Annual statistical returns and brief notes on vaccination in Bengal - 1896-1909
Year: 1896
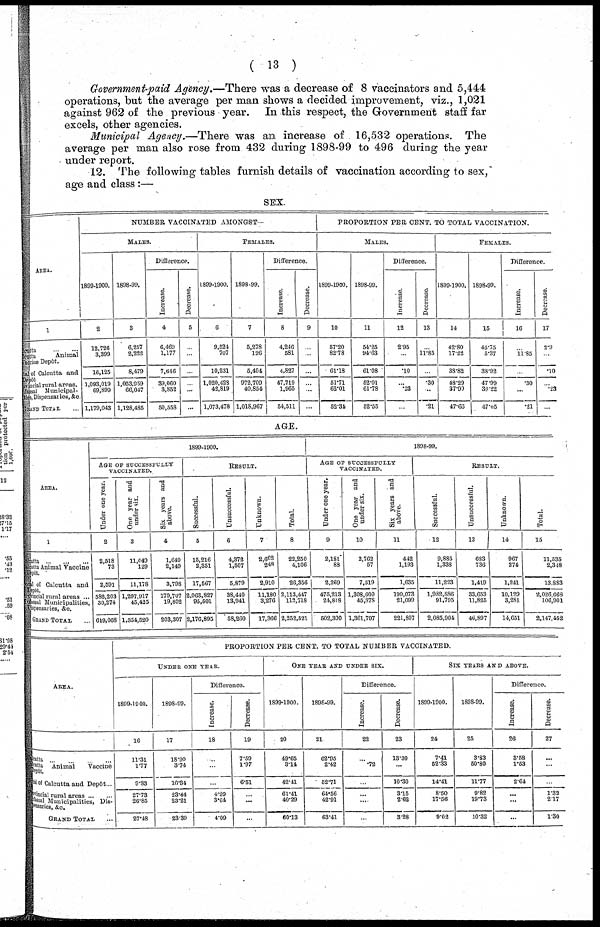
( 13 )
Government-paid Agency.—There was a decrease of 8 vaccinators and 5,444
operations, but the average per man shows a decided improvement, viz., 1,021
against 962 of the previous year. In this respect, the Government staff far
excels, other agencies.
Municipal Agency.—There was an increase of 16,532 operations. The
average per man also rose from 432 during 1898-99 to 496 during the year
under report.
12. The following tables furnish details of vaccination according to sex,
age and class :—
SEX.
AREA.
1
Calcutta ... ...
Calcutta
Animal
Vaccine Depôt.
Total of Calcutta and
Depôt
Provincial rural area.
Mufassal Municipal¬
ties, Dispensaries, &c.
GRAND TOTAL ...
NUMBER VACCINATED AMONGST—
MALES.
1899-1900.
2
12,726
3,399
16,125
1,093,019
69,899
1,179,043
1898-99.
3
6,257
2,222
8,479
1,053,959
66,047
1,128,485
Difference.
Increase.
4
6,469
1,177
7,646
39,060
3,852
50,558
Decrease.
5
...
...
...
...
...
...
FEMALES.
1899-1900.
6
9,524
707
10,231
1,020,428
42,819
1,073,478
1898-99.
7
5,278
126
5,404
972,709
40,854
1,018,967
Difference.
Increase.
8
4,246
581
4,827
47,719
1,965
54,511
Decrease.
9
...
...
...
...
...
...
PROPORTION PER CENT. TO TOTAL VACCINATION.
MALES.
1899-1900.
10
57.20
82.78
61.18
51.71
62.01
52.34
1898-90.
11
54.25
94.63
61.08
52.01
61.78
52.55
Difference.
Increase.
12
2.95
...
.10
...
.23
...
Decrease.
13
...
11.85
...
.30
...
.21
FEMALES.
1899-1900.
14
42.80
17.22
33.82
48.29
37.99
47.66
1898-99.
15
45.75
5.37
38.92
47.09
38.22
47.45
Difference.
Increase.
16
...
11.85
...
.30
...
.21
Decrease.
17
2.9
...
.10
...
.23
...
AGE.
AREA.
1
Calcutta
...
...
...
Calcutta Animal Vaccine
Depôt.
Total of Calcutta and
Depôt.
Provincial rural area.
Mufassal Municipalities,
Dispensaries, &c.
GRAND TOTAL ...
1899-1900.
AGE OF SUCCESSFULLY
VACCINATED.
Under one year.
2
2,518
73
2,591
586,203
30,274
619,068
One year and
under six.
3
11,049
129
11,178
1,297,917
45,425
1,354,520
Six years and
above.
4
1,649
2,149
3,798
179,707
19,802
203,307
RESULT.
Successful.
5
15,216
2,351
17,567
2,063,827
95,501
2,176,895
Unsuccessful.
6
4,372
1,507
5,879
38,440 13,941 58,260
Unknown.
7
2,662
248
2,910
11,180
3,276
17,366
Total.
8
22,250
4,106
26,356
2,113,447
112,718
2,252,521
1898-99.
AGE OF SUCCESSFULLY
VACCINATED.
Under one year.
9
2,181
88
2,269
475,213
24,818
502,300
One year and
under six.
10
2,762
57
7,319
1,308,600
45,878
1,361,797
Six years and
above.
11
442
1,193
1,635
199,073
21,099
221,807
RESULT.
Successful.
12
9,885
1,338
11,223
1,982,886
91,705
2,085,904
Unsuccessful.
13
683
736
1,419
33,653
11,825
46,897
Unknown.
14
967
274
1,241
10,129
3,281
14,651
Total.
15
11,535
2,348
13,883
2,026,668
106,901
2,147,452
AREA.
Calcutta ... ... ... ...
Calcutta Animal Vaccine
Depôt.
Total Calcutta and Depôt...
Provincial rural area.
Mufassal Municipalities, Dis¬
pensaries, &c.
GRAND TOTAL ...
PROPORTION PER CENT. TO TOTAL NUMBER VACCINATED.
UNDER ONE YEAR.
1899-1900.
16
11.31
1.77
9.83
27.73
26.85
27.48
1898-99.
17
18.90
3.74
16.34
23.44
23.21
23.39
Difference.
Increase.
18
...
...
...
4.29
3.64
4.09
Decrease.
19
7.59
11.97
6.51
...
...
...
ONE YEAR AND UNDER SIX.
1899-1900.
20
49.65
3.14
42.41
61.41
40.29
60.13
1898-99.
21
62.95
2.42
52.71
64.56
42.91
63.41
Difference.
Increase.
22
...
.72
...
...
...
...
Decrease.
23
13.30
...
10.30
3.15
2.62
3.28
SIX YEARS AND ABOVE.
1899-1900.
24
7.41
52.33
14.41
8.50
17.56
9.02
1898-99.
25
3.83
50.80
11.77
9.82
19.73
10.32
Difference.
Increase.
26
3.58
1.53
2.64
...
...
...
Decrease.
27
...
...
...
1.32
217
1.30